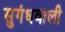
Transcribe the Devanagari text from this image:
सुगंधवाली